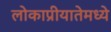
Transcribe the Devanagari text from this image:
लोकाप्रीयातेमध्ये